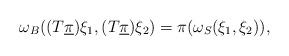
LaTeX: \begin{align*}\omega_B((T\underline{\smash{\pi}})\xi_1,(T\underline{\smash{\pi}})\xi_2)=\pi(\omega_S(\xi_1,\xi_2)),\end{align*}